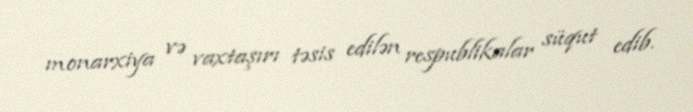
monarxiya və vaxtaşırı təsis edilən respublikalar süqut edib.